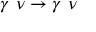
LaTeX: \gamma \, \, \nu \rightarrow \gamma \, \, \nu \, \,